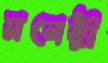
মনেরী